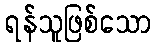
ရန်သူဖြစ်သော